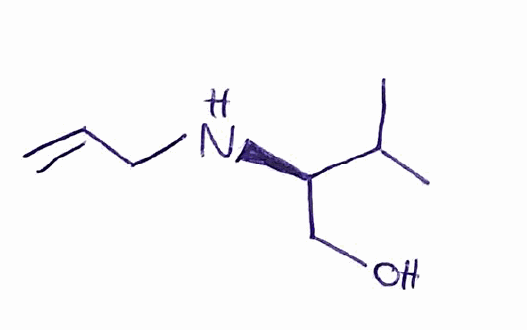
Simplified molecular-input line-entry system (SMILES) notation of the given molecule:
CC(C)[C@@H](CO)NCC=C